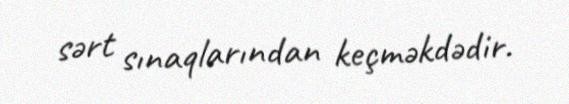
sərt sınaqlarından keçməkdədir.